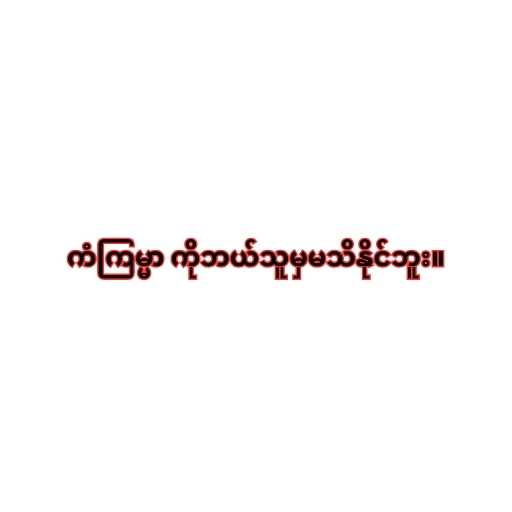
ကံကြမ္မာ ကိုဘယ်သူမှမသိနိုင်ဘူး။